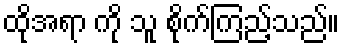
ထိုအရာ ကို သူ စိုက်ကြည့်သည်။